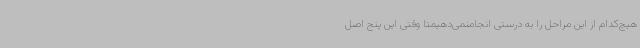
هیچ‌کدام از این مراحل را به درستی انجامنمی‌دهیمتا وقتی این پنج اصل